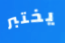
يختبر